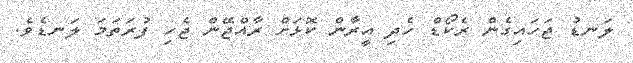
ލަނޑު ޖަހައިގެން ރެކޯޑް ހެދި އީރާން ކޮޅަށް ރާއްޖޭން ޖެހި ފުރަތަމަ ލަނޑެވެ.